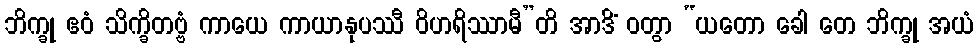
ဘိက္ခု ဧဝံ သိက္ခိတဗ္ဗံ ကာယေ ကာယာနုပဿီ ဝိဟရိဿာမီ”တိ အာဒိံ ဝတွာ “ယတော ခေါ တေ ဘိက္ခု အယံ